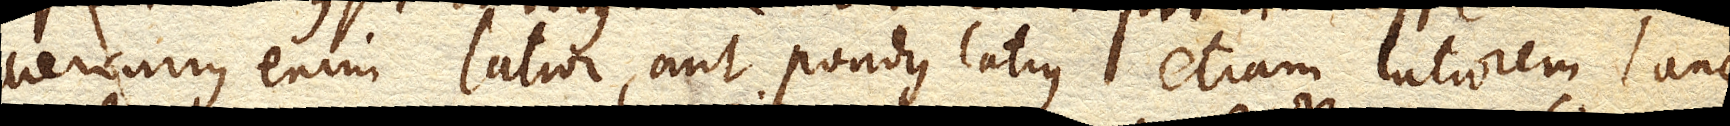
Mercurius enim latior, aut pondus latius etiam latiorem lanae